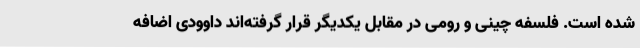
شده است. فلسفه چینی و رومی در مقابل یکدیگر قرار گرفته‌اند داوودی اضافه